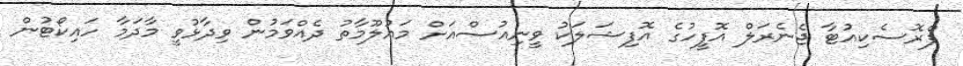
ޕްރޮސެކިއުޓާ ޖެނެރަލް އޮފީހުގެ އޮފިޝަލަކު ވީނިއުސްއަށް މައުލޫމާތު ދެއްވަމުން ވިދާޅުވީ މާދަމާ ހައިކޯޓުން